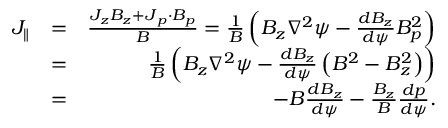
\begin{array} { r l r } { J _ { \parallel } } & { = } & { \frac { J _ { z } B _ { z } + \boldsymbol { J } _ { p } \cdot \boldsymbol { B } _ { p } } { B } = \frac { 1 } { B } \left( B _ { z } \nabla ^ { 2 } \psi - \frac { d B _ { z } } { d \psi } B _ { p } ^ { 2 } \right) } \\ & { = } & { \frac { 1 } { B } \left( B _ { z } \nabla ^ { 2 } \psi - \frac { d B _ { z } } { d \psi } \left( B ^ { 2 } - B _ { z } ^ { 2 } \right) \right) } \\ & { = } & { - B \frac { d B _ { z } } { d \psi } - \frac { B _ { z } } { B } \frac { d p } { d \psi } . } \end{array}